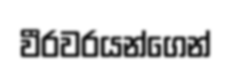
වීරවරයන්ගෙන්